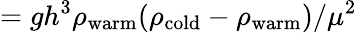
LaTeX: =gh^{3}\rho_{\mathrm{warm}}(\rho_{\mathrm{cold}}-\rho_{\mathrm{warm}})/\mu^{2}